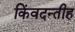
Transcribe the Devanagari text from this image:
किंवदन्तीह